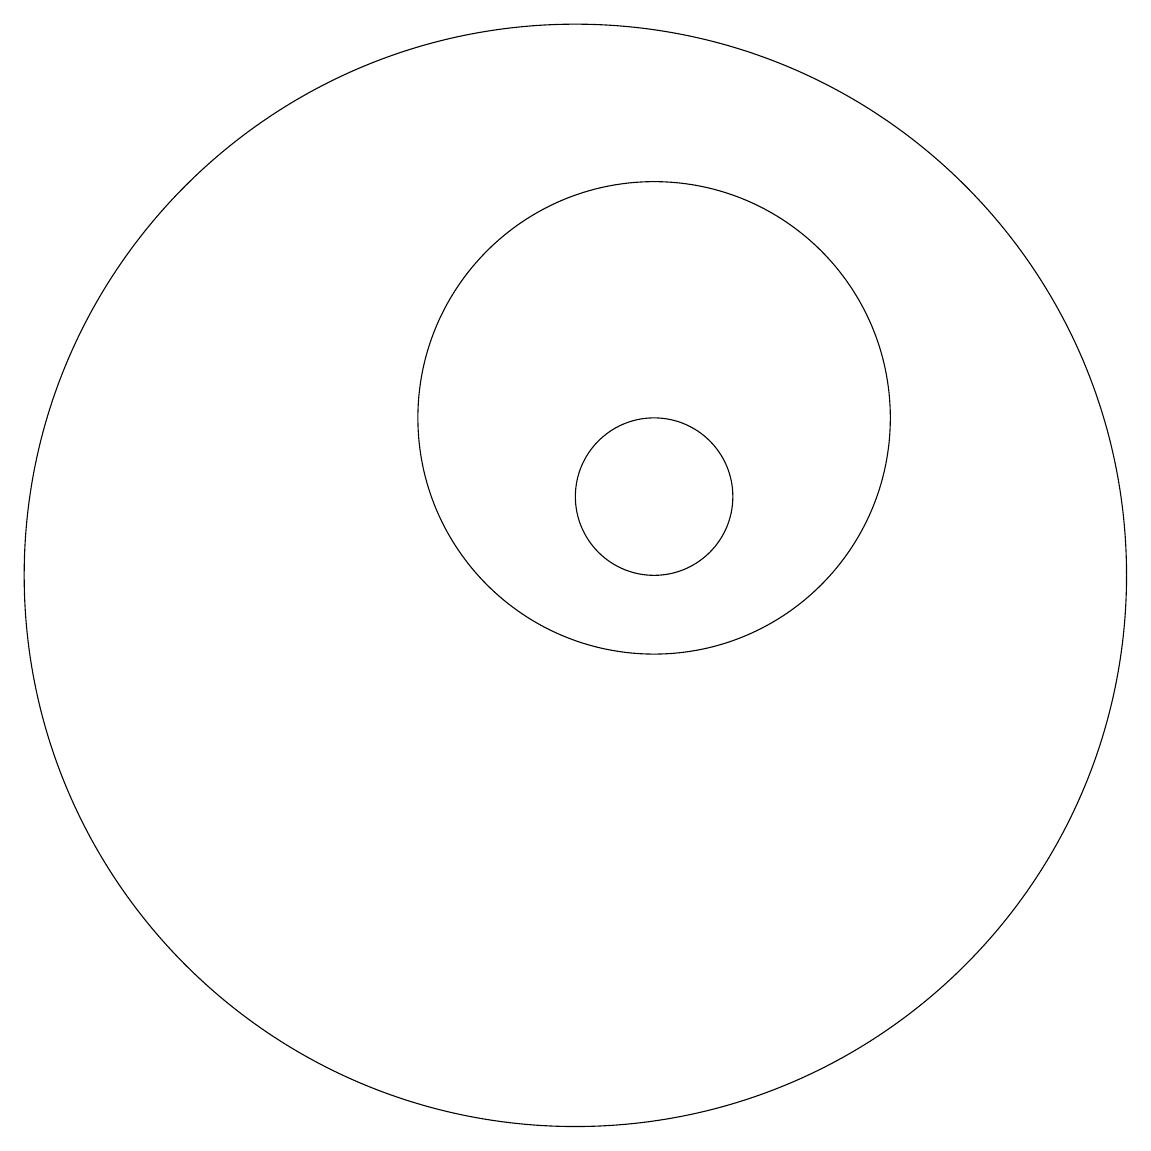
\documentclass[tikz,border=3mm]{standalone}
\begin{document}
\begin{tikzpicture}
\draw (10,10) circle (7);
\draw (11,12) circle (3);
\draw (11,11) circle (1);
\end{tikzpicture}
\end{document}